DOW-UAP-D65, Mission Report, Persian Gulf, July 2020
Agency: Department of War
Incident date: 7/16/20
Incident location: Persian Gulf
Page 7
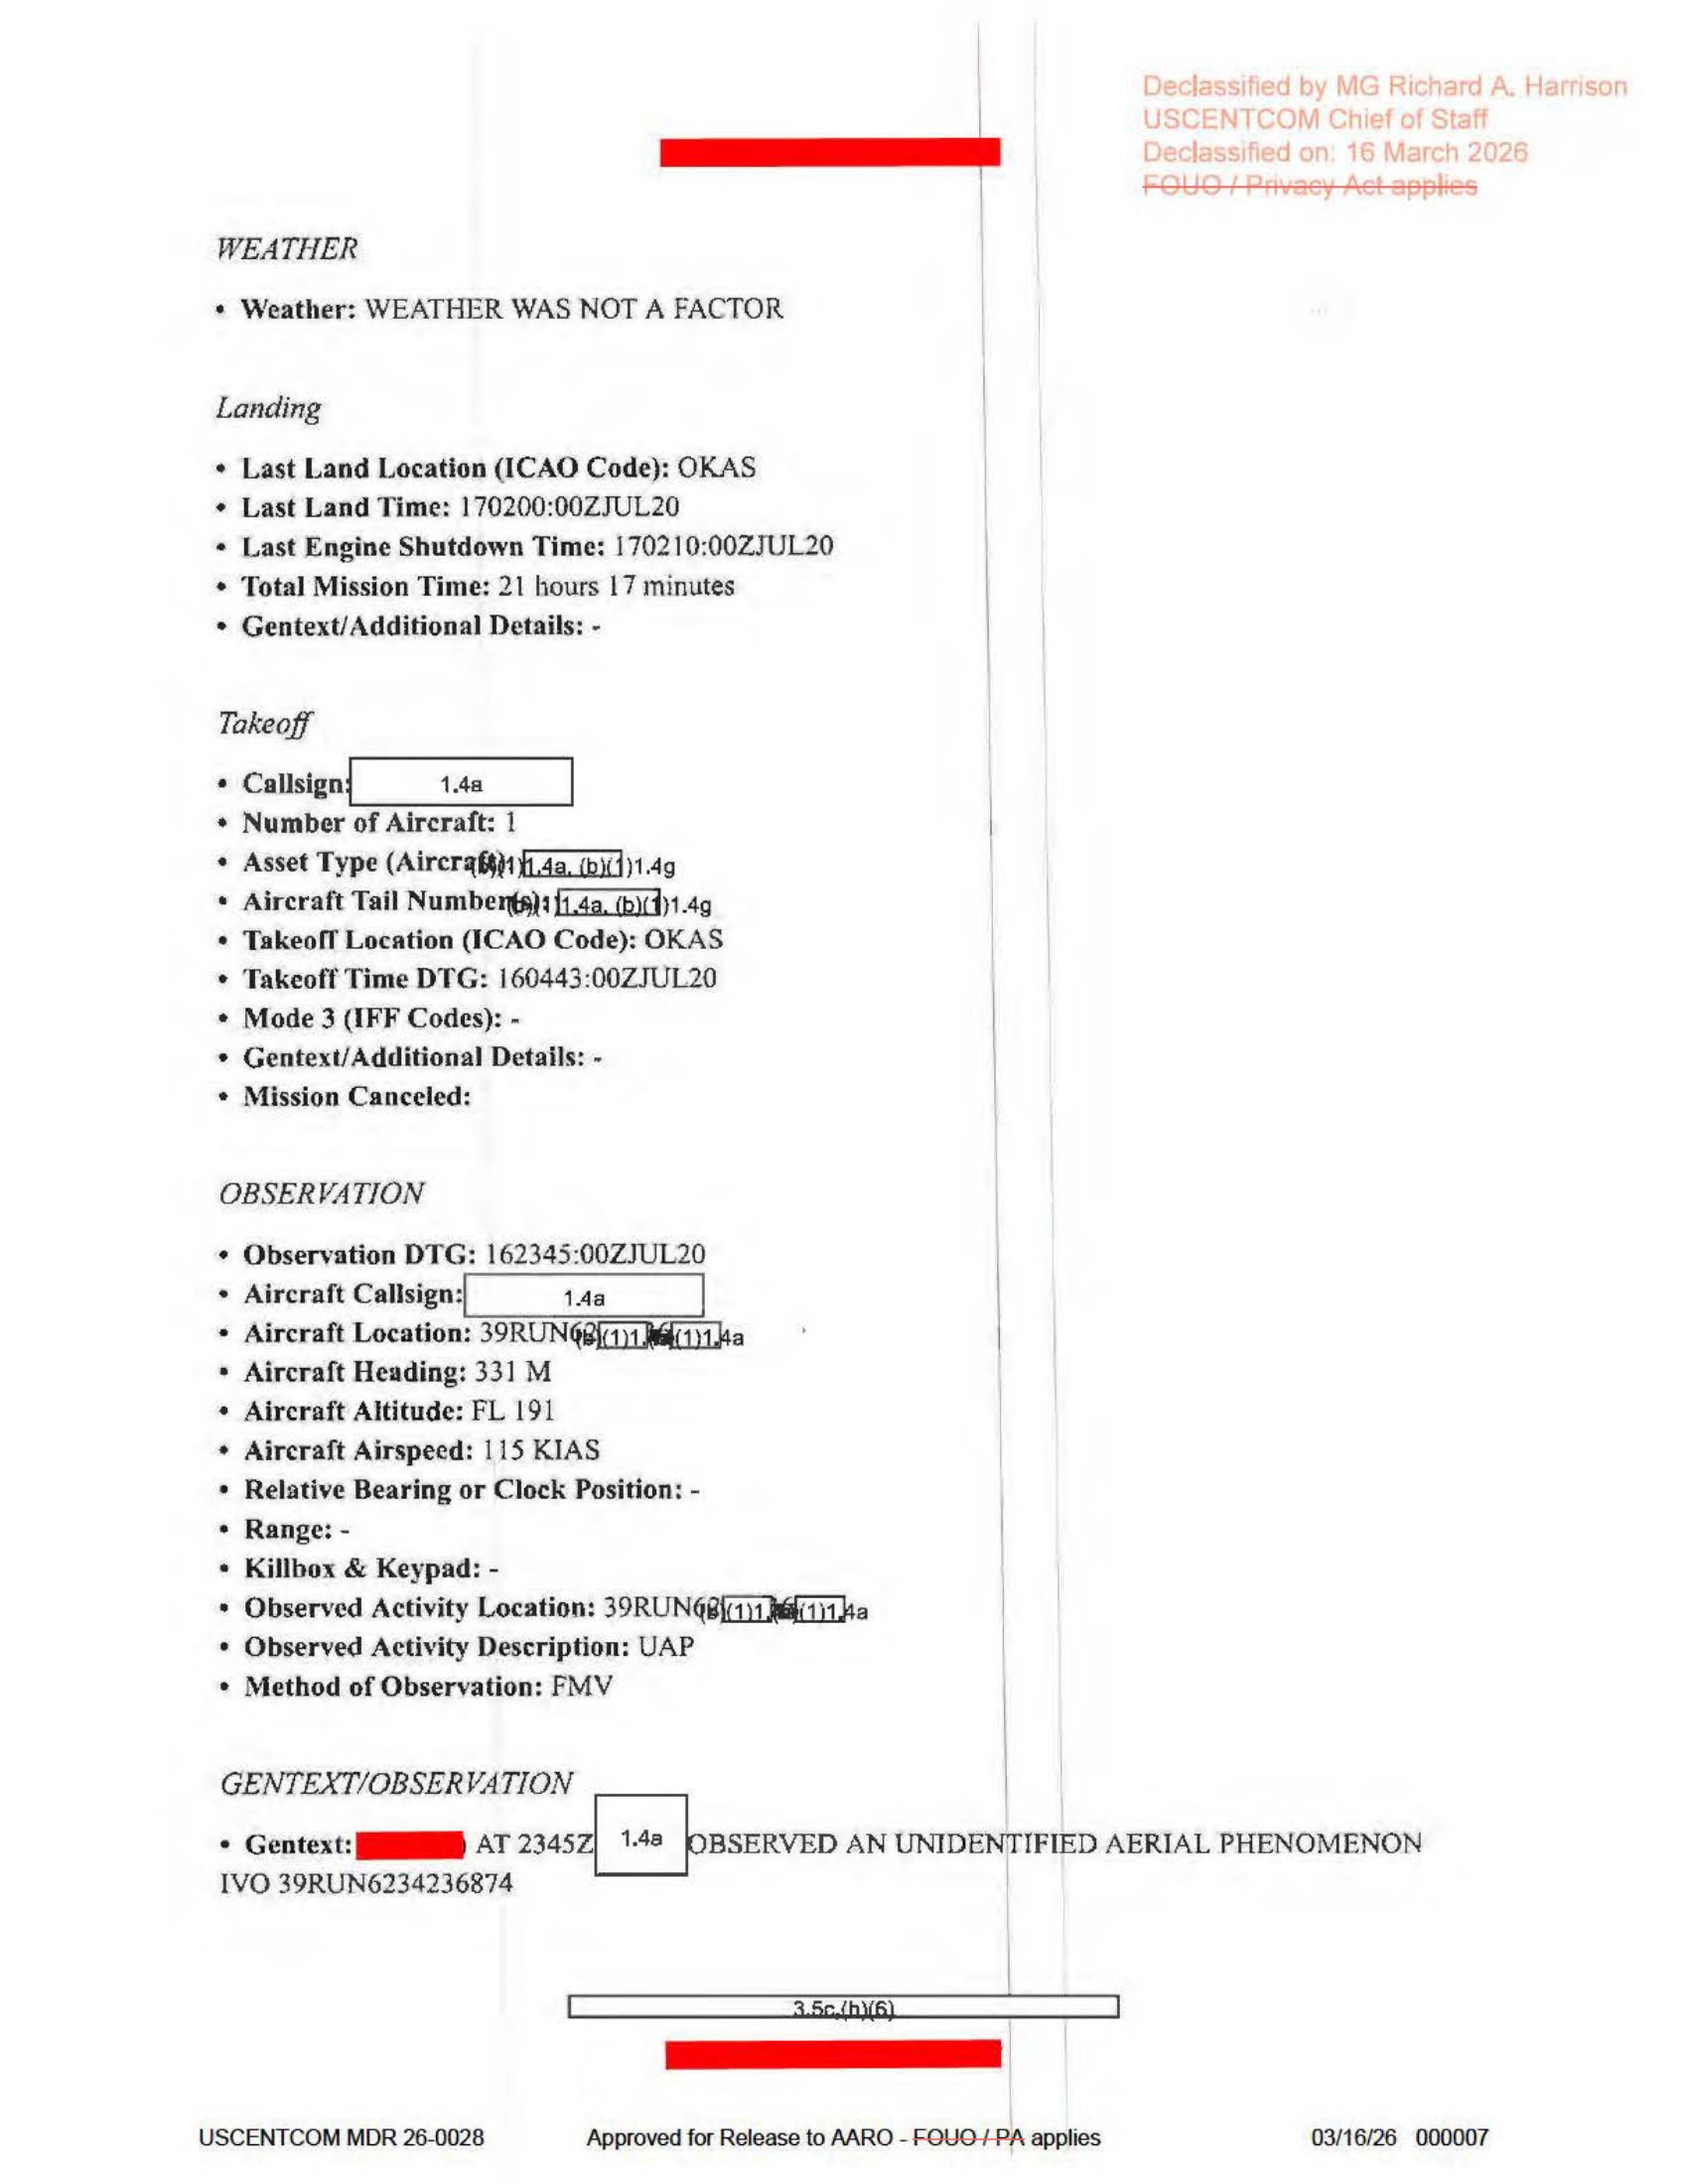